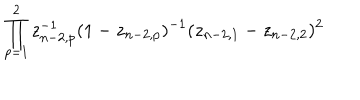
LaTeX: \prod _ { p = 1 } ^ { 2 } z _ { n - 2 , p } ^ { - 1 } ( 1 - z _ { n - 2 , p } ) ^ { - 1 } ( z _ { n - 2 , 1 } - z _ { n - 2 , 2 } ) ^ { 2 }